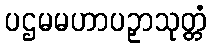
ပဌမမဟာပဉှာသုတ္တံ